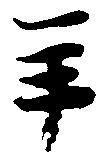
年